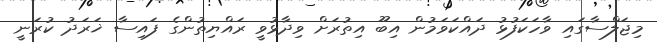
މިޖަލްސާގައި ވާހަކަފުޅު ދައްކަވަމުން އިބޫ އިތުރަށް ވިދާޅުވީ ރައްޔިތުންގެ ފައިސާ ޚަރަދު ކުރަނީ